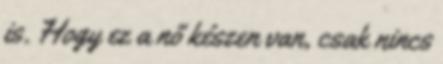
is. Hogy ez a nő készen van, csak nincs